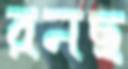
রনছ